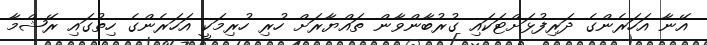
އޭނާ އަހަރެންގެ ދަރިފުޅަށްޓަކައި ގުރުބާންވާން ތައްޔާރަށް ހުރި ހުރިމަކީ އަހަރެންގެ ހިތުގައި ރޭޝްމާ